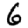
Digit: 6